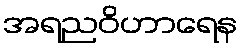
အရညဝိဟာရေန